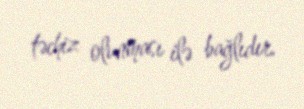
təchiz olunması ilə bağlıdır.